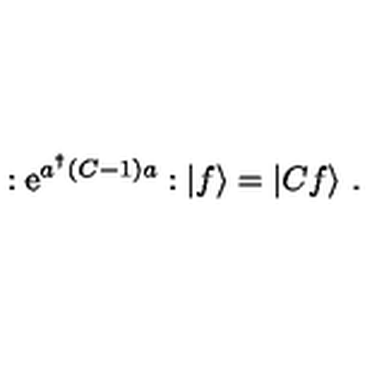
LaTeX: : \mathrm { e } ^ { a ^ { \dagger } ( C - 1 ) a } : | f \rangle = | C f \rangle \ .